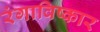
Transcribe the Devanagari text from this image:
रंगाविष्कार